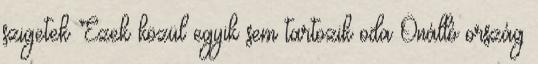
szigetek Ezek közül egyik sem tartozik oda Önálló ország